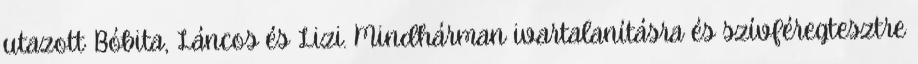
utazott Bóbita, Láncos és Lizi. Mindhárman ivartalanításra és szívféregtesztre